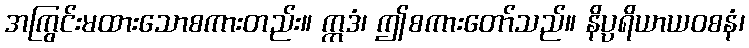
အကြွင်းမထားသောစကားတည်း။ ဣဒံ၊ ဤစကားတော်သည်။ နိပ္ပရိယာယဝစနံ၊